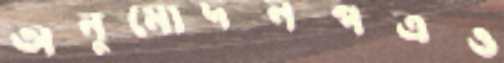
অনুমোদনপত্রও